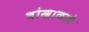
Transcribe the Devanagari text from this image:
चोखाळावे